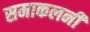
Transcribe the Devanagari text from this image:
समाकलनी